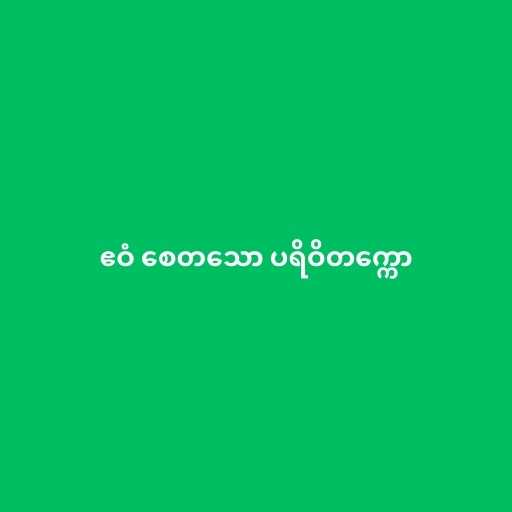
ဧဝံ စေတသော ပရိဝိတက္ကော